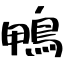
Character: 鴨